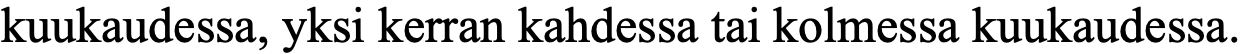
kuukaudessa, yksi kerran kahdessa tai kolmessa kuukaudessa.